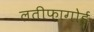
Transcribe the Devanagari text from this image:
लतीफ़ागोई